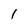
Character: I